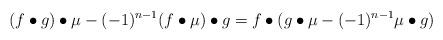
LaTeX: \begin{align*}( f \bullet g ) \bullet \mu - (-1)^{n-1} (f \bullet \mu ) \bullet g = f \bullet ( g \bullet \mu - (-1)^{n-1} \mu \bullet g)\end{align*}